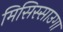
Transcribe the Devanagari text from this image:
मिसिस्साउगा